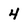
Character: 4